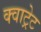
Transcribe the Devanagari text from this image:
क्वाट्रेट